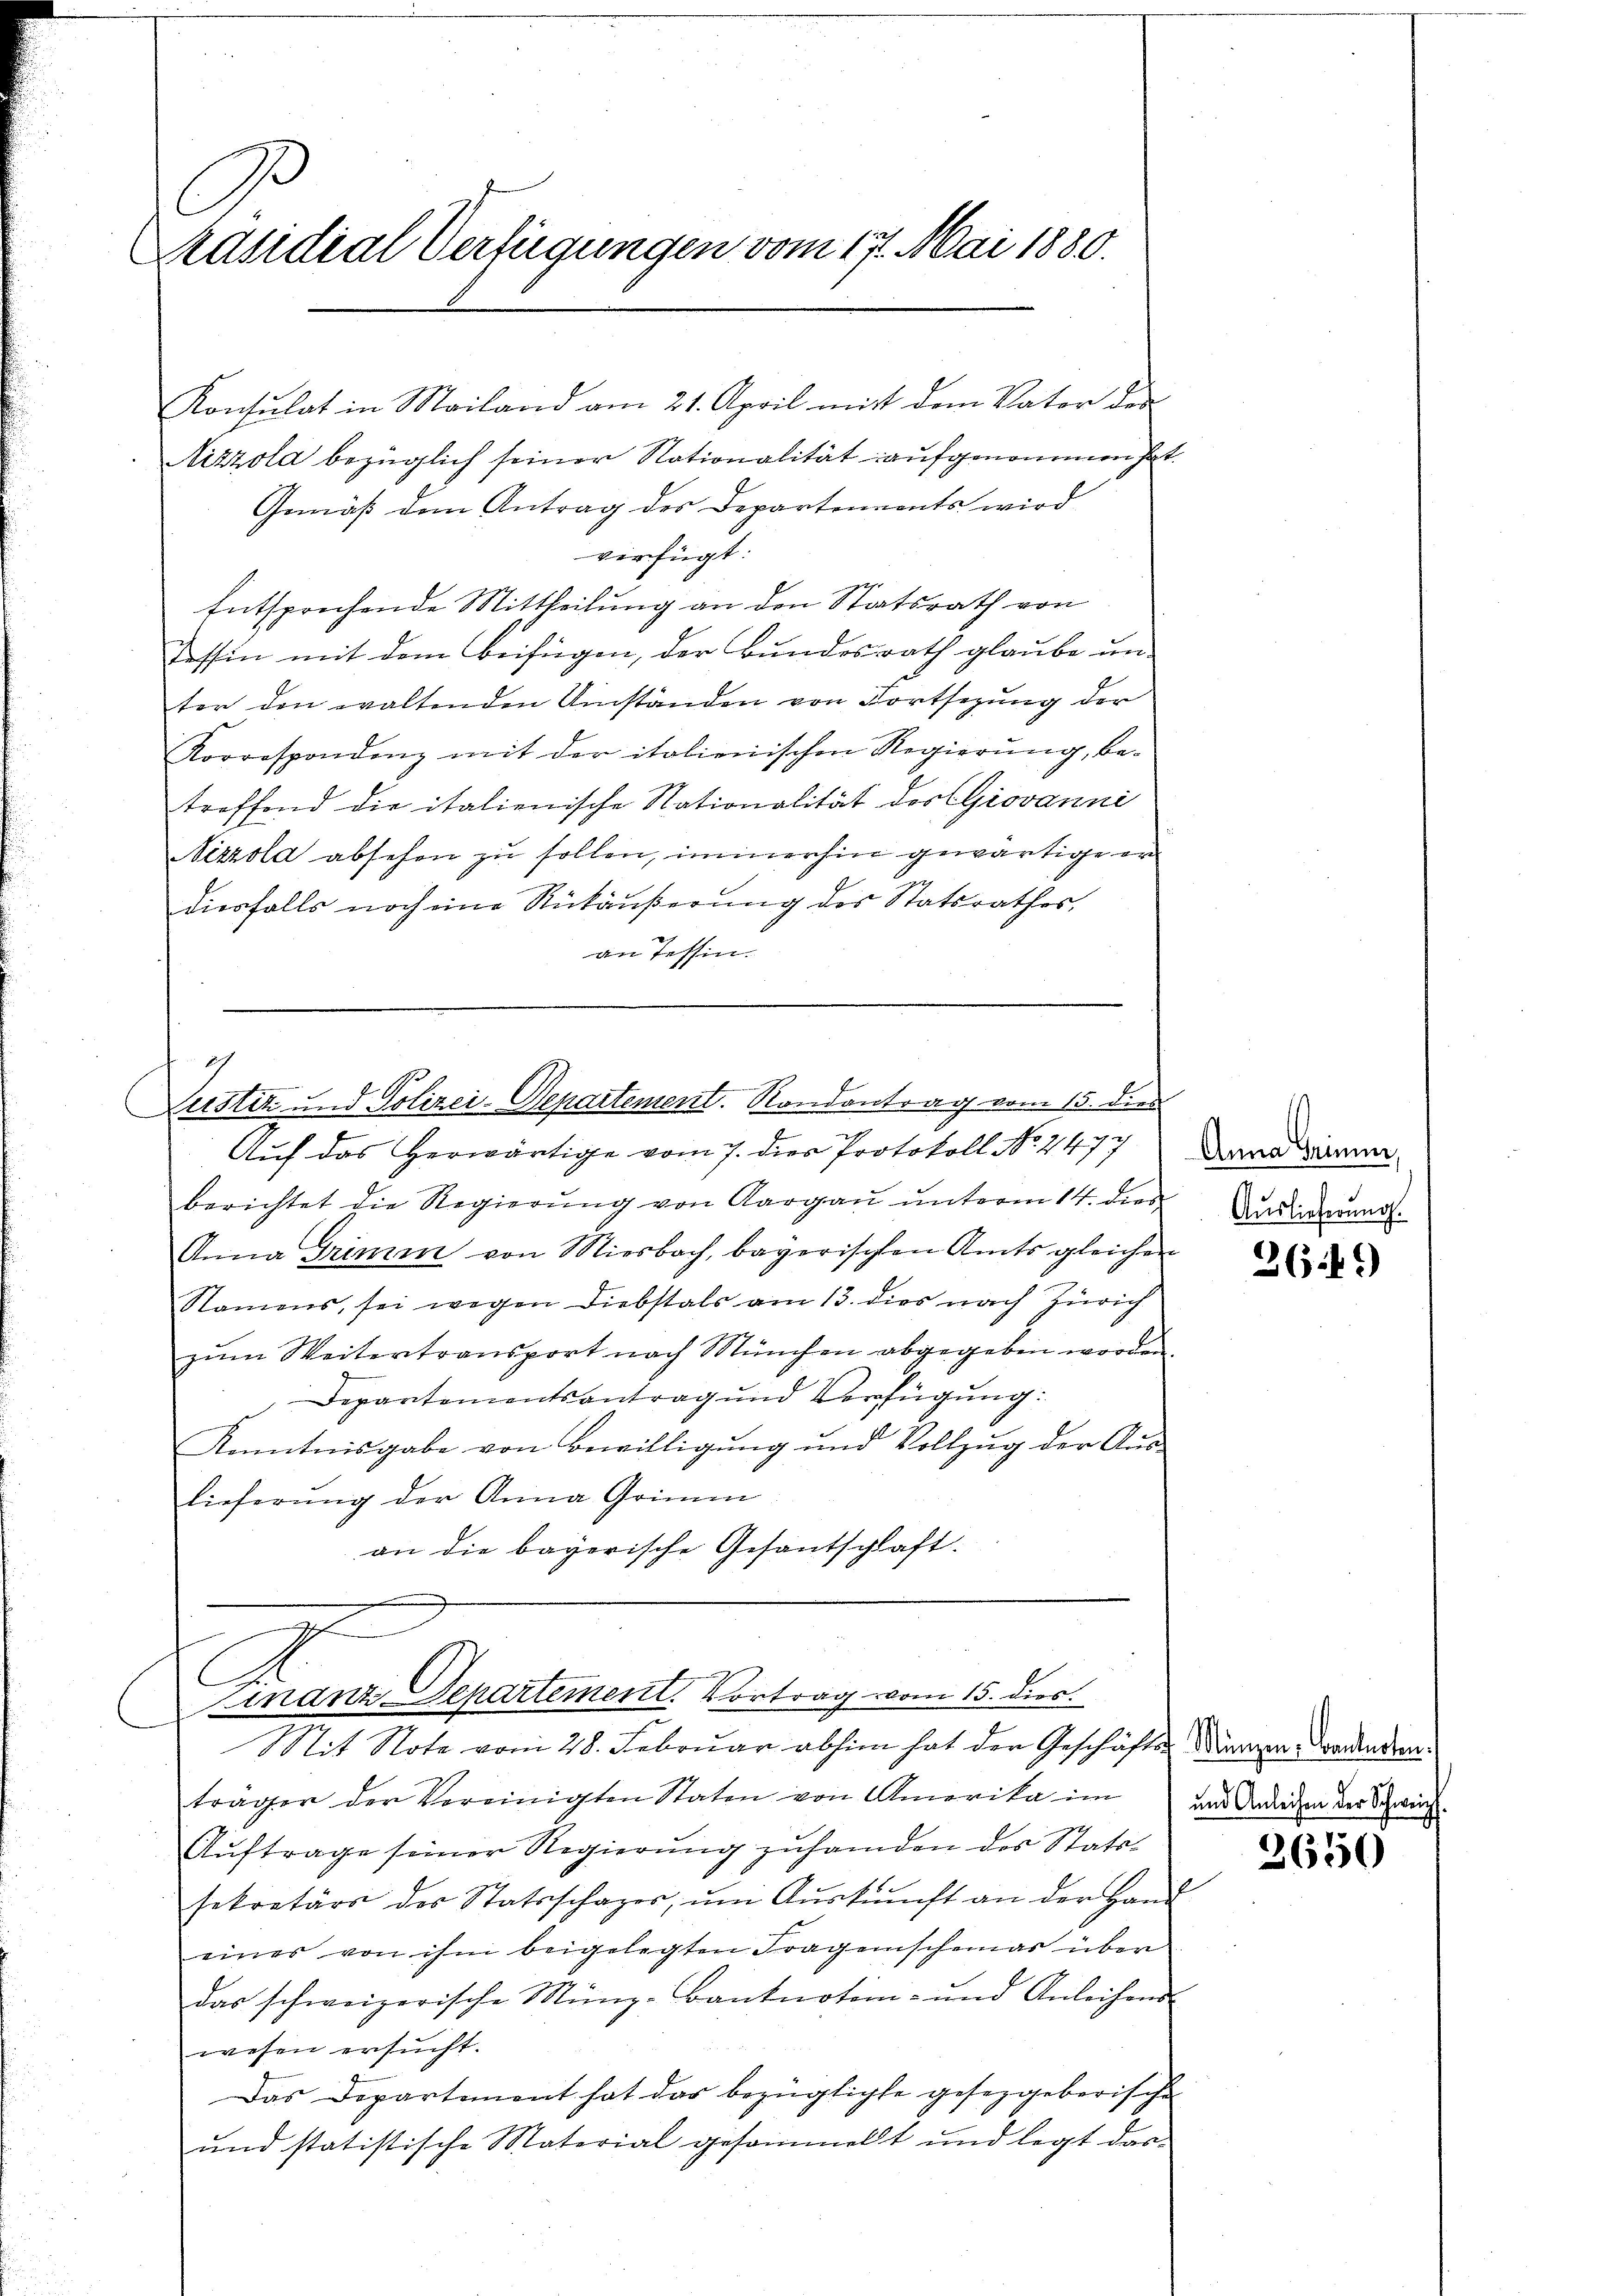
C
Präsidial-Verfügungen vom 17. Mai 1880.

Konsulat in Mailand am 21. April mit dem Vater der
Nizzola bezüglich seiner Nationalität aufgenommen hat
Gemäß dem Antrag des Departennents wird
verfügt:
Entsprechende Mittheilung an den Staatsrath von
Tessin mit dem Beifügen, der Bundesrath glaube unter den waltenden Umständen von Fortsezung der
Korrespondenz mit der italienischen Regierung, be-
treffend die italienische Nationalität des Giovanni
Nizzola absehen zu sollen, immerhin gewärtige er
diesfalls noch eine Rückäußerung des Statsrathes,
an Tessin.

berichtet die Regierŭng von Aargau unterm 14. dies
Anna Grimm von Miesbach, bayerischen Amts gleichen
Namens, sei wegen Diebstals am 13. dies nach Zürich
zŭm Weitertransport nach München abgegeben worden.
Departementsantrag und Verfügung:
Kenntnisgabe von Bewilligung und Vollzug der Auslieferung der Anna Grimm
an die bayerische Gesantschlaft.
l
manz Departement. Vortrag vom 15. dies.
Mit Note vom 28. Februar abhin hat der Geschäfts-Kanzen Vordenden.
tragen der Vereinigten Staten von Amerika im und Anderen der Schwin
Aŭftrage seiner Regierung zuhanden des Stattsekretärs des Statsschager, ŭm Aŭskŭnft an der Hand
eines von ihm beigelegten Fragenscher über
das schweizerische Münz-Banknoten- und Anleihens
wesen ersucht.
Das Departement hat das bezüglichte gesetzgeberische
und statistische Material gesammelt und legt das

g
Justiz und Polizei-Departement. Rondantrag vom 15. dies
Auf das herwärtige vom 7. dies Protokoll No. 4477

t

Anna Grinner,
Auslieferung.

236 f.)

2

2650